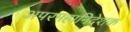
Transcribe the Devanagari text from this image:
अपरमहानिदेशक